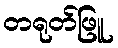
တရုတ်ဖြူ